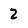
Character: 2